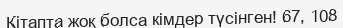
Кітапта жоқ болса кімдер түсінген! 67, 108